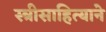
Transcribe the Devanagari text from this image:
स्त्रीसाहित्याने